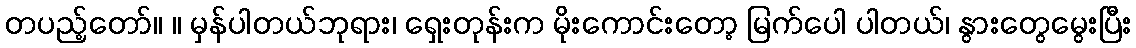
တပည့်တော်။ ။ မှန်ပါတယ်ဘုရား၊ ရှေးတုန်းက မိုးကောင်းတော့ မြက်ပေါ ပါတယ်၊ နွားတွေမွေးပြီး